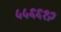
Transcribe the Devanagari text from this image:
५५६६१२